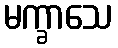
မက္ခာသေ